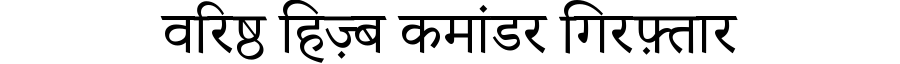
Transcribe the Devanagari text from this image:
वरिष्ठ हिज़्ब कमांडर गिरफ़्तार